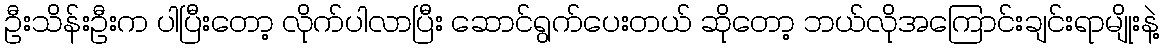
ဦးသိန်းဦးက ပါပြီးတော့ လိုက်ပါလာပြီး ဆောင်ရွက်ပေးတယ် ဆိုတော့ ဘယ်လိုအကြောင်းချင်းရာမျိုးနဲ့